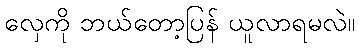
လှေကို ဘယ်တော့ပြန် ယူလာရမလဲ။